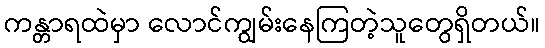
ကန္တာရထဲမှာ လောင်ကျွမ်းနေကြတဲ့သူတွေရှိတယ်။